Statistical return of the lunatic asylum in Assam - 1912-1932
Year: 1912
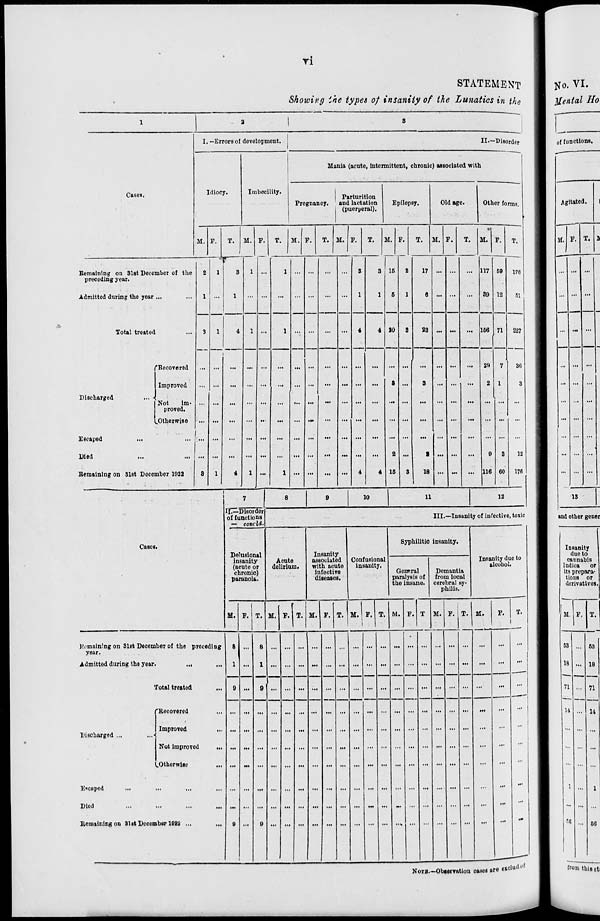
Tl
STATEMENT
Shoivivg ihe types of insanity of the Lunatics in the
■-■
1
3
|
3
I. —Errors of development.
II.—Disorder
Idiocy.
Imbecility.
Mania (acute, intermittent, chronic) associated with
Gases.
Pregnancy.
Parturition
and lactation
(puerperal).
Epilepsy.
Old age.
Other fo rms,
M. F.
T. M. F.
T.
M. F.
T. M. F.
T.
a. 1
15
5
20
P.
2
1
T.
M. F.
T. M. F.
T.
176
51
227
36
3
12
176
Remaining on 31st December of the
preceding year.
Admitted during the jcar ..,
2
1
1
«•
3
1
1
1
3
1
4
1
17
0 ... ...
... 117
89
69
12
Total treated
3
8
1
1
4
4
1
1
4
3
23 ... ...
... 166 71
Discharged
... ■
Escaped
...
Died
Remaining on 31st Docc
'Recovered
Improved
Not
Im-
proved.
..Otherwise
nber 1922
1 .
1
...
...
...
4
4
8
2
15
3
I
3
1
18
...
...
...
29
2
9
116
7
1
3
60
7
8
9
10
11
12
11.—Disorde
of functions
— concld
III.—Insanity of infective , toxic
Cases.
Delusional
insanity
(acuto or
chronic)
paranoia.
Acute
delirium.
Insanity
associated
with acute
infective
diseases.
Confusional
insanity.
Syphilitic insanity.
•
General
paralysis of
the insane.
Demantia
from local
cerebral By-
philis.
Insanity due to
alcohol.
M. F. T. M. F. T. M. F. T. M. F. T. M. F. T M. F. T.
1
M.
F.
T.
i
... 1
»-
l!i>main!ng on Slat December of the proeeding
year.
Admitted during the year.
,„
.,,
8
1
0
0
i
...
8
...
1
...
9
...
0
...
•"
...
... ...
...
...
:
...
Total treated
...
... ...
...
Discharged ...
leaped
Diod
Remaining on SlstDoccni
'Recovered
Improved
Not improvci
.Otherwise
bur 10W ...
I
...
...
...
-
...
...
and other gener
NOTB.—Observation cases are exclu' <■<